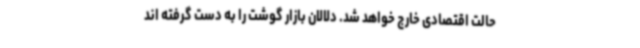
حالت اقتصادی خارج خواهد شد. دلالان بازار گوشت را به دست گرفته اند